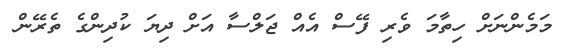
މަމެންނަށް ހިތާމަ ވެރި ފޭސް އެއް ޖަލްސާ އަށް ދިޔަ ކުދިންގެ ތެރޭން